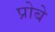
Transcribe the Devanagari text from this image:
प्रोबे